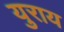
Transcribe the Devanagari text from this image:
युराय